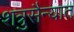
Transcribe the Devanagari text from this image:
शत्रुसैन्यात